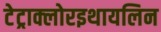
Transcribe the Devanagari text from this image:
टेट्राक्लोरइथायलिन